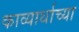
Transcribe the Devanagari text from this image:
काव्यार्थाच्या